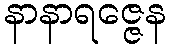
နာနာရဇ္ဇေန